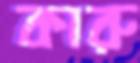
কারু